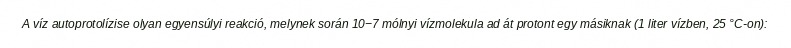
A víz autoprotolízise olyan egyensúlyi reakció, melynek során 10−7 mólnyi vízmolekula ad át protont egy másiknak (1 liter vízben, 25 °C-on):